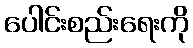
ပေါင်းစည်းရေးကို